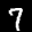
Label: 7